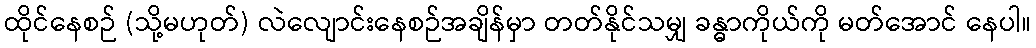
ထိုင်နေစဉ် (သို့မဟုတ်) လဲလျောင်းနေစဉ်အချိန်မှာ တတ်နိုင်သမျှ ခန္ဓာကိုယ်ကို မတ်အောင် နေပါ။